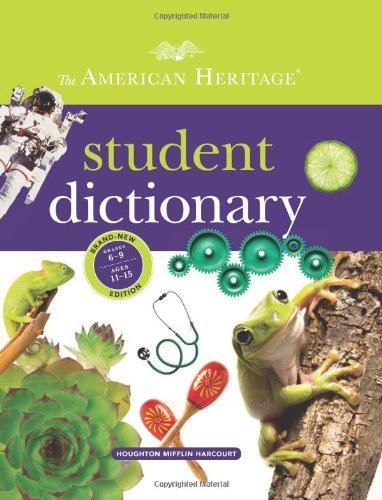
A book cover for The American Heritage Student Dictionary; Editors of the American Heritage Dictionaries; Children's Books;